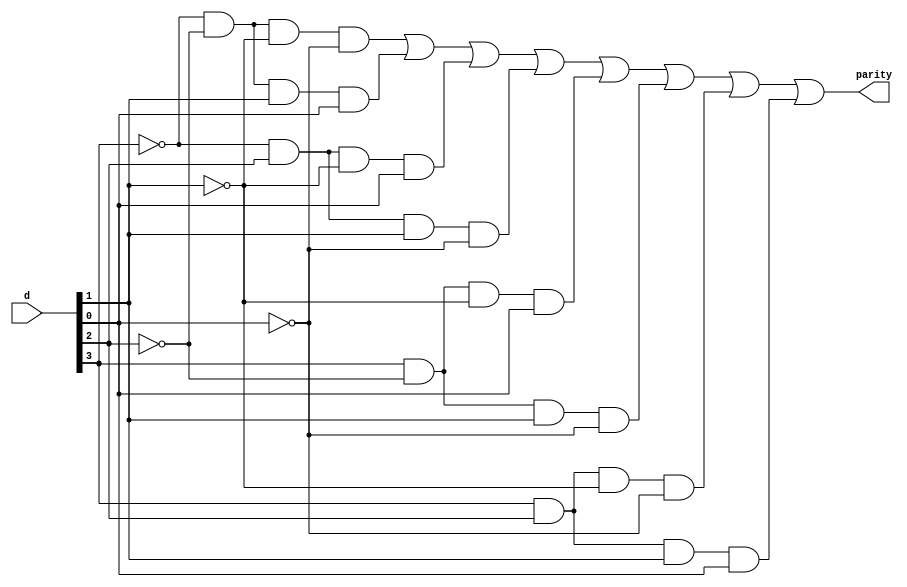
//
// lab2 : version 09/04/2012
//                  
`timescale 1ns / 1ps
//////////////////////////////////////////////////////////////////////////////////
//////////////////////////////////////////////////////////////////////////////////
module op_4bit(
    input [3:0] d,
    output parity
);

// design parity as sum of products

//assign statement for parity led

/* Old Code that I put in wrong. I think this actually works for even
 * parity...
assign parity = (~d[3] & ~d[2] & ~d[1] & d[0]) |
		(~d[3] & ~d[2] & d[1] & ~d[0]) |
		(~d[3] & d[2] & ~d[1] & ~d[0]) |
		(~d[3] & d[2] & d[1] & d[0]) |
		(d[3] & ~d[2] & ~d[1] & ~d[0]) |
		(d[3] & ~d[2] & d[1] & d[0]) |
		(d[3] & d[2] & ~d[1] & d[0]) |
		(d[3] & d[2] & d[1] & ~d[0]);
*/

// New code for odd parity that works
assign parity = (~d[3] & ~d[2] & ~d[1] & ~d[0])|
		(~d[3] & ~d[2] & d[1] & d[0])|
		(~d[3] & d[2] & ~d[1] & d[0])|
		(~d[3] & d[2] & d[1] & ~d[0])|
		(d[3] & ~d[2] & ~d[1] & d[0])|
		(d[3] & ~d[2] & d[1] & ~d[0])|
		(d[3] & d[2] & ~d[1] & ~d[0])|
		(d[3] & d[2] & d[1] & d[0]);

endmodule